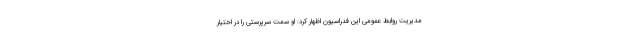
مدیریت روابط عمومی این فدراسیون اظهار کرد: او سمت سرپرستی را در اختیار